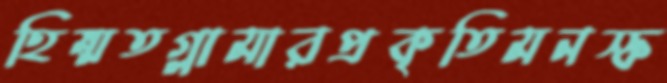
হিম্মতগ্লামারপ্রকৃতিমনস্ক